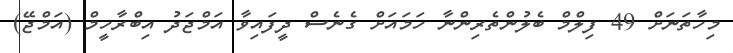
މިހާތަނަށް 49 ފިލްމް ބެލުންތެރިންނާ ހަމައަށް ގެނެސް ދީފައިވާ އަމްޖަދު އިބްރާހީމް (އަމްޖޭ)